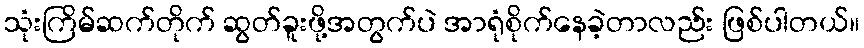
သုံးကြိမ်ဆက်တိုက် ဆွတ်ခူးဖို့အတွက်ပဲ အာရုံစိုက်နေခဲ့တာလည်း ဖြစ်ပါတယ်။